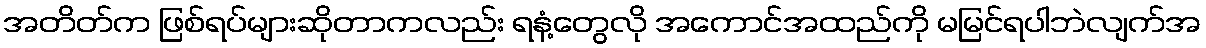
အတိတ်က ဖြစ်ရပ်များဆိုတာကလည်း ရနံ့တွေလို အကောင်အထည်ကို မမြင်ရပါဘဲလျက်အ